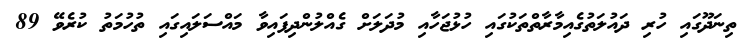
ތިނަދޫގައި ހުރި ދައުލަތުގެއިމާރާތްތަކުގައި ހުޅުޖަހާއި މުދަލަށް ގެއްލުންދިފައިވާ މައްސަލައިގައި ތުހުމަތު ކުރެވޭ 89